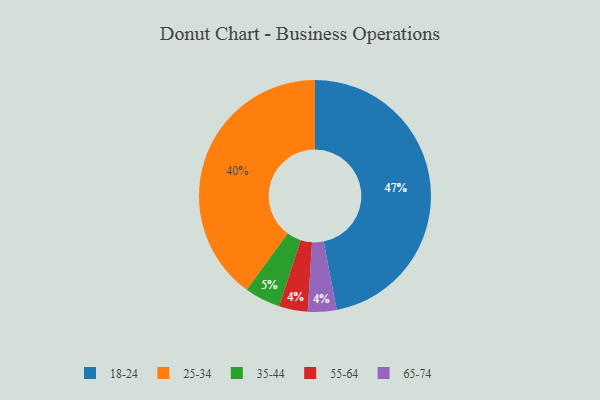
{"axis": {"x": "Category", "y": "Percentage"}, "legend": ["18-24", "25-34", "35-44", "55-64", "65-74"], "data": [{"x": "55-64", "y": 4, "type": "55-64"}, {"x": "35-44", "y": 5, "type": "35-44"}, {"x": "18-24", "y": 47, "type": "18-24"}, {"x": "25-34", "y": 40, "type": "25-34"}, {"x": "65-74", "y": 4, "type": "65-74"}]}